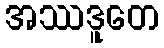
အဿဒူတေ